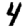
Digit: 4